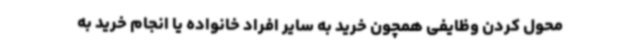
محول کردن وظایفی همچون خرید به سایر افراد خانواده یا انجام خرید به